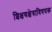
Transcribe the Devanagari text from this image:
शिक्षणक्षेत्राविषयक